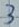
Text: 3